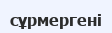
сұрмергені